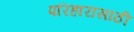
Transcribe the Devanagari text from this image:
परिहारासाठी